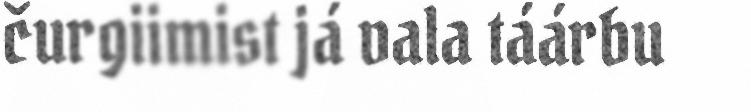
čurgiimist já vala táárbu